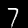
Digit: 7